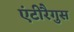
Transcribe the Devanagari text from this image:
एंटीरैगुस